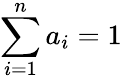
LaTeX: \sum_{i=1}^{n}a_{i}=1